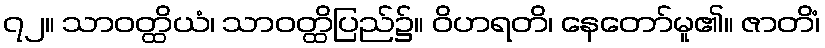
၇၂။ သာဝတ္ထိယံ၊ သာဝတ္ထိပြည်၌။ ဝိဟရတိ၊ နေတော်မူ၏။ ဇာတိံ၊